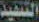
السفيد